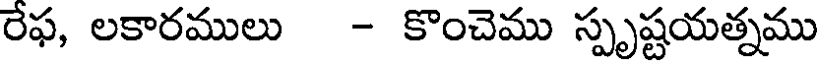
రేఫ, లకారములు - కొంచెము స్పృష్టయత్నము